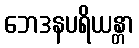
ဘေဒနပရိယန္တာ